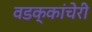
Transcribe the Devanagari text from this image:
वडक्कांचेरी